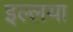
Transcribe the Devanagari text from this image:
इल्लया